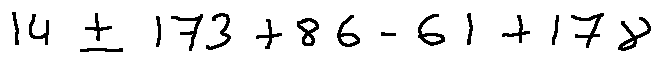
1 4 \pm 1 7 3 + 8 6 - 6 1 + 1 7 8